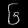
Digit: ၆